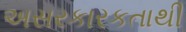
અસરકારકતાથી